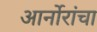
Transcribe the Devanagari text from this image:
आर्नोरांचा